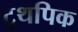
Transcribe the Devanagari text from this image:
टूथपिक